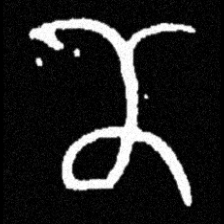
Pyu character \u2014 Myanmar letter: ဏ (romanized: nna)